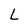
Character: L